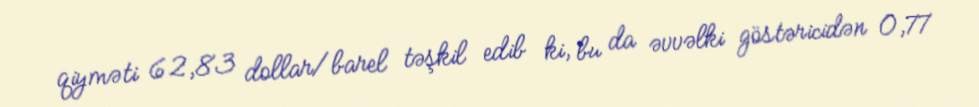
qiyməti 62,83 dollar/barel təşkil edib ki, bu da əvvəlki göstəricidən 0,77